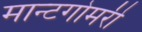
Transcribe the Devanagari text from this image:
मान्टगोमरी